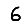
Digit: 6